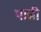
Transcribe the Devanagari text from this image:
पान्नी